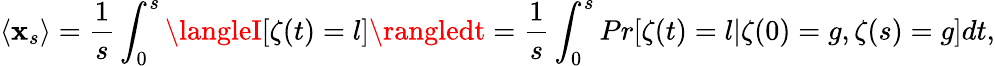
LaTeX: \langle\mathbf{x}_{s}\rangle=\frac{{1}}{{s}}\int_{0}^{s}\langleI[\zeta(t)=l]\rangledt=\frac{{1}}{{s}}\int_{0}^{s}Pr[\zeta(t)=l|\zeta(0)=g,\zeta(s)=g]dt,